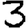
Digit: 3